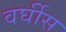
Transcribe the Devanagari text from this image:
वर्घीस